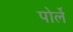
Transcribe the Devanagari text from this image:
पोर्ले